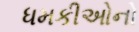
ધમકીઓનો